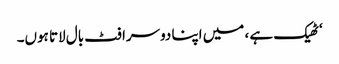
‘ٹھیک ہے ، میں اپنا دوسرا فٹ بال لاتا ہوں۔